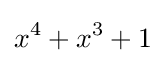
x^{4}+x^{3}+1